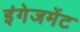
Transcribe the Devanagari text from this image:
इंगेजमेंट